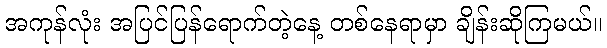
အကုန်လုံး အပြင်ပြန်ရောက်တဲ့နေ့ တစ်နေရာမှာ ချိန်းဆိုကြမယ်။